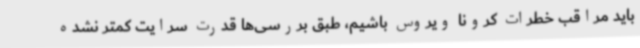
باید مراقب خطرات کرونا ویروس باشیم، طبق بررسی‌ها قدرت سرایت کمتر نشده